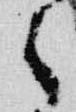
々